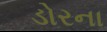
ડોરના